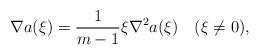
LaTeX: \begin{align*}\nabla a(\xi)=\frac1{m-1}\xi\nabla^2 a(\xi) \quad(\xi\neq0),\end{align*}